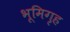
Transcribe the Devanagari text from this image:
भूमिगृह